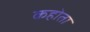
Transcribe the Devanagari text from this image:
कहोता